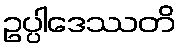
ဥပ္ပါဒေဿတိ